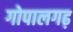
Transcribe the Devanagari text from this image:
गोपालगढ़